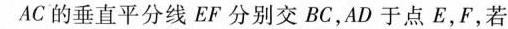
AC的垂直平分线EF分别交BC，AD于点E，F，若